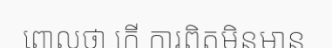
ពោលថា កើ ការពិតមិនមាន